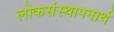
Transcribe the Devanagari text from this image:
लोकसंस्थापनार्थ